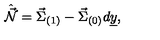
\hat { \vec { \cal N } } = \vec { \Sigma } _ { ( 1 ) } - \vec { \Sigma } _ { ( 0 ) } d \underline { { y } } ,